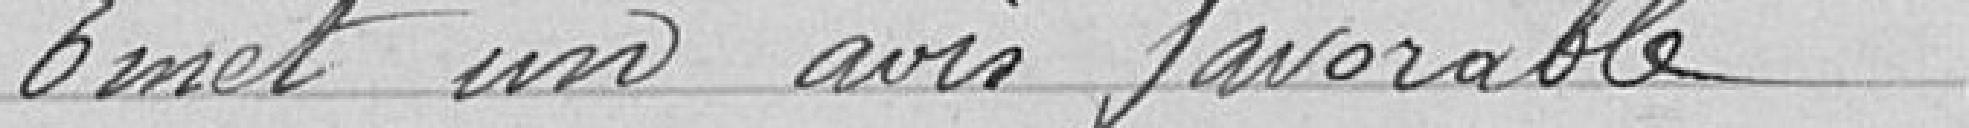
Emet un avis favorable.